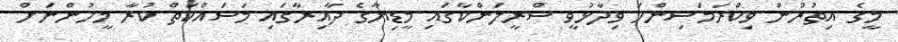
މީގެ އިތުރުން ވިކްރަމަސިންހަ ވިދާޅުވީ ސްރީލަންކާގައި މީޑިޔާގެ ދާއިރާގައި މަސައްކަތް ކުރާ މީހުންނަށް